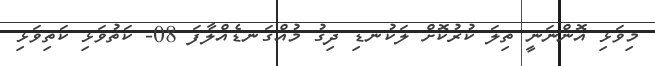
މިވަޅި އޮންނަނީ ތިލަ ކުރުކޮށް ލަކުނޑި ދިގު މުއްގަނޑެއްލާފަ 08- ކަތުވަޅި ކަތިވަޅި